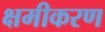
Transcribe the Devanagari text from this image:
क्षमीकरण